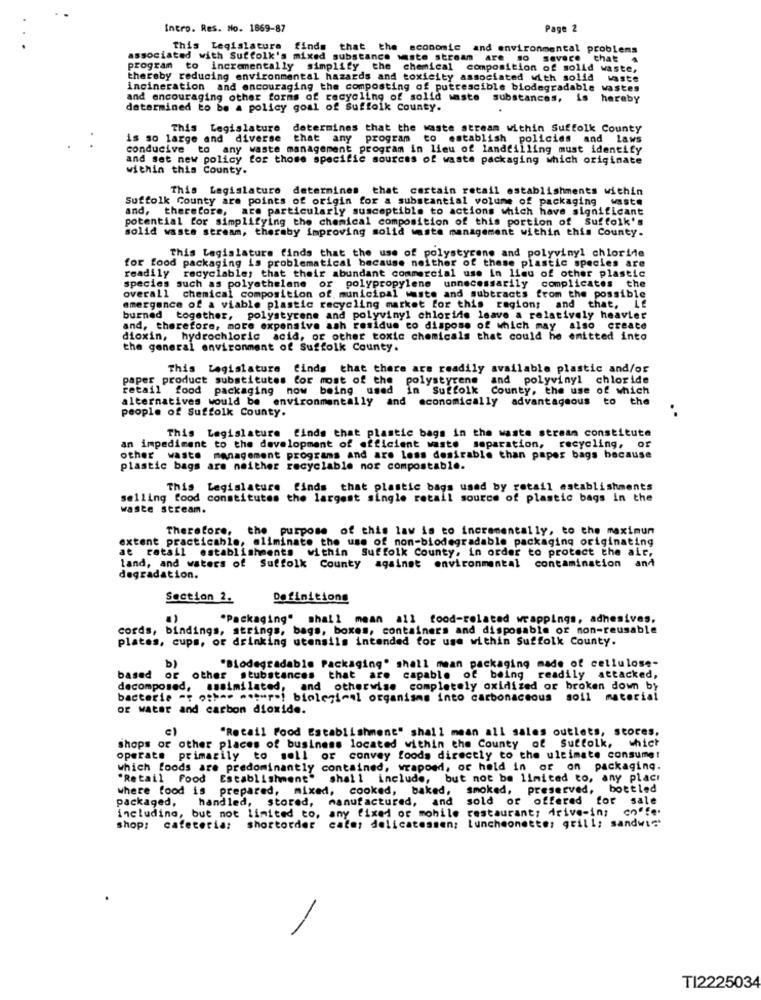
Intro. Res. No. 1869-87
Page 2
This Legislature
This Legislature finds that the economic and environmental problems
associated with Suffolk's mixed substance waste stream are so
savace
that
4
program to incrementally simplify the chemical composition of solid waste,
thereby reducing environmental hazards and toxicity associated with solid
incineration and encouraging the composting of putrescible biodegradable
wastes
and encouraging other forms of recycling of solid waste
substances,
is
hereby
determined to be a policy goal of Suffolk County.
This Legislature
determines that the waste stream within Suffolk County
is so large and diverse
that any program to establish policies and laws
conducive to any waste management program in lieu of landfilling must identify
and set new policy for those specific sources of waste packaging which originate
within this County.
This Legislature determines that certain retail establishments within
Suffolk County are points of origin for a substantial volume of packaging waste
and, therefore, are particularly susceptible to actions which have significant
potential for simplifying the chemical composition of this portion of Suffolk's
solid waste stream, thereby improving solid waste management within this County.
This Legislature finds that the use of polystyrene and polyvinyl chloride
for food packaging is problematical because neither of these plastic species are
readily recyclable; that their abundant commercial use in lieu of other plastic
species such as polyathelene or polypropylene unnecessarily complicates the
overall chemical composition of municipal waste and subtracts from the possible
emergence of a viable plastic recycling market for this region; and that, Lf
burned together, polystyrene and polyvinyl chloride leave a relatively heavier
and, therefore, more expensive ash residue co dispose of which may also create
dioxin, hydrochloric acid, or other toxic chemicals that could he emitted into
the general environment of Suffolk County.
This Legislature finds that there are readily available plastic and/or
paper product substitutes for most of the polystyrene and polyvinyl chloride
retail food packaging now being used in Suffolk County, the use of which
alternatives would be environmentally and economically advantageous to the
people of Suffolk County.
..
This Legislature finds that plastic bags in the waste strean constitute
an impediment to the development of efficient waste separation, recycling, or
other waste management programs and are less desirable than paper bags because
plastic bags are neither recyclable nor compostable.
This Legislature finds that plastic bags used by retail establishments
selling food constitutes the largest single retail source of plastic bags in the
waste stream.
Therefore, the purpose of this law is to incrementally, to the maximum
extent practicable, eliminate the use of non-biodegradable packaging originating
it ratall establishments within Suffolk County, in order to protect the air,
land, and waters of Suffolk County against environmental contamination and
degradation.
Section 2.
Definitiong
"Packaging" shall mean all food-related wrappings, adhesives,
cords, bindings, strings, bags, boxes, containers and disposable or non-reusable
plates, cups, or drinking utensils intended for use within Suffolk County.
b)
"Biodegradable Packaging" shall mean packaging made of cellulose-
based or
other stubstances that are capable of being readily attacked,
decomposed, assimilated, and otherwise completely oxidized or broken down by
bacteria me other meempol biological organisms into carbonaceous soil material
or water and carbon dioxide.
e)
"Retail Food Establishment" shall mean all sales outlets, stores.
shops or other places of business located within the County of Suffolk, which
operate primarily to sell or convey foods directly to the ultimate consume!
which foods are predominantly contained, wrapoed, or held in or on packaging.
"Retail Food Establishment. shall include, but not be limited to, any place
where food is prepared, mixed, cooked, baked, smoked, preserved, bottled
packaged,
handled, stored, manufactured, and sold or offered for sale
including, but not limited to, any fixed or mobile restaurant; drive-in; coffe.
shop: cafeteria:
shortorder cate; delicatessen; Luncheonetter grill; sandwich
TI2225034